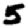
Digit: 5